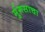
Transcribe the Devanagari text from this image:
मुंगसाचा